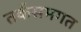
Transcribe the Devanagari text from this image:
तर्कसमगत